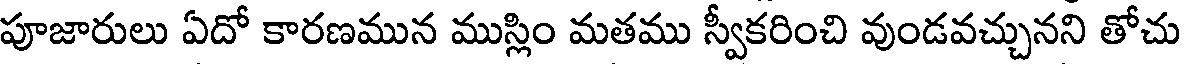
పూజారులు ఏదో కారణమున ముస్లిం మతము స్వీకరించి వుండవచ్చునని తోచు